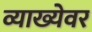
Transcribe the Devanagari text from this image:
व्याख्येवर